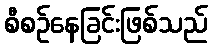
စီစဉ်နေခြင်းဖြစ်သည်